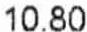
10.80